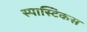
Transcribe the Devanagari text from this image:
स्पास्टिकस